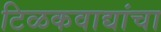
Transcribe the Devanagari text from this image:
टिळकवाद्यांचा